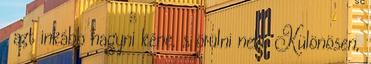
, azt inkább hagyni kéne, s örülni neki. Különösen,